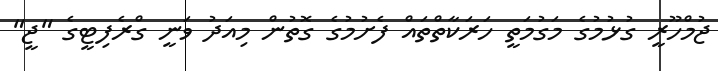
ޖުމްހޫރީ ގުޅުމުގެ މަގުމަތީ ހަރަކާތްތައް ފެށުމުގެ ގޮތުން މިއަދު ވަނީ ގްރެފިޓީގެ "ޖީ"